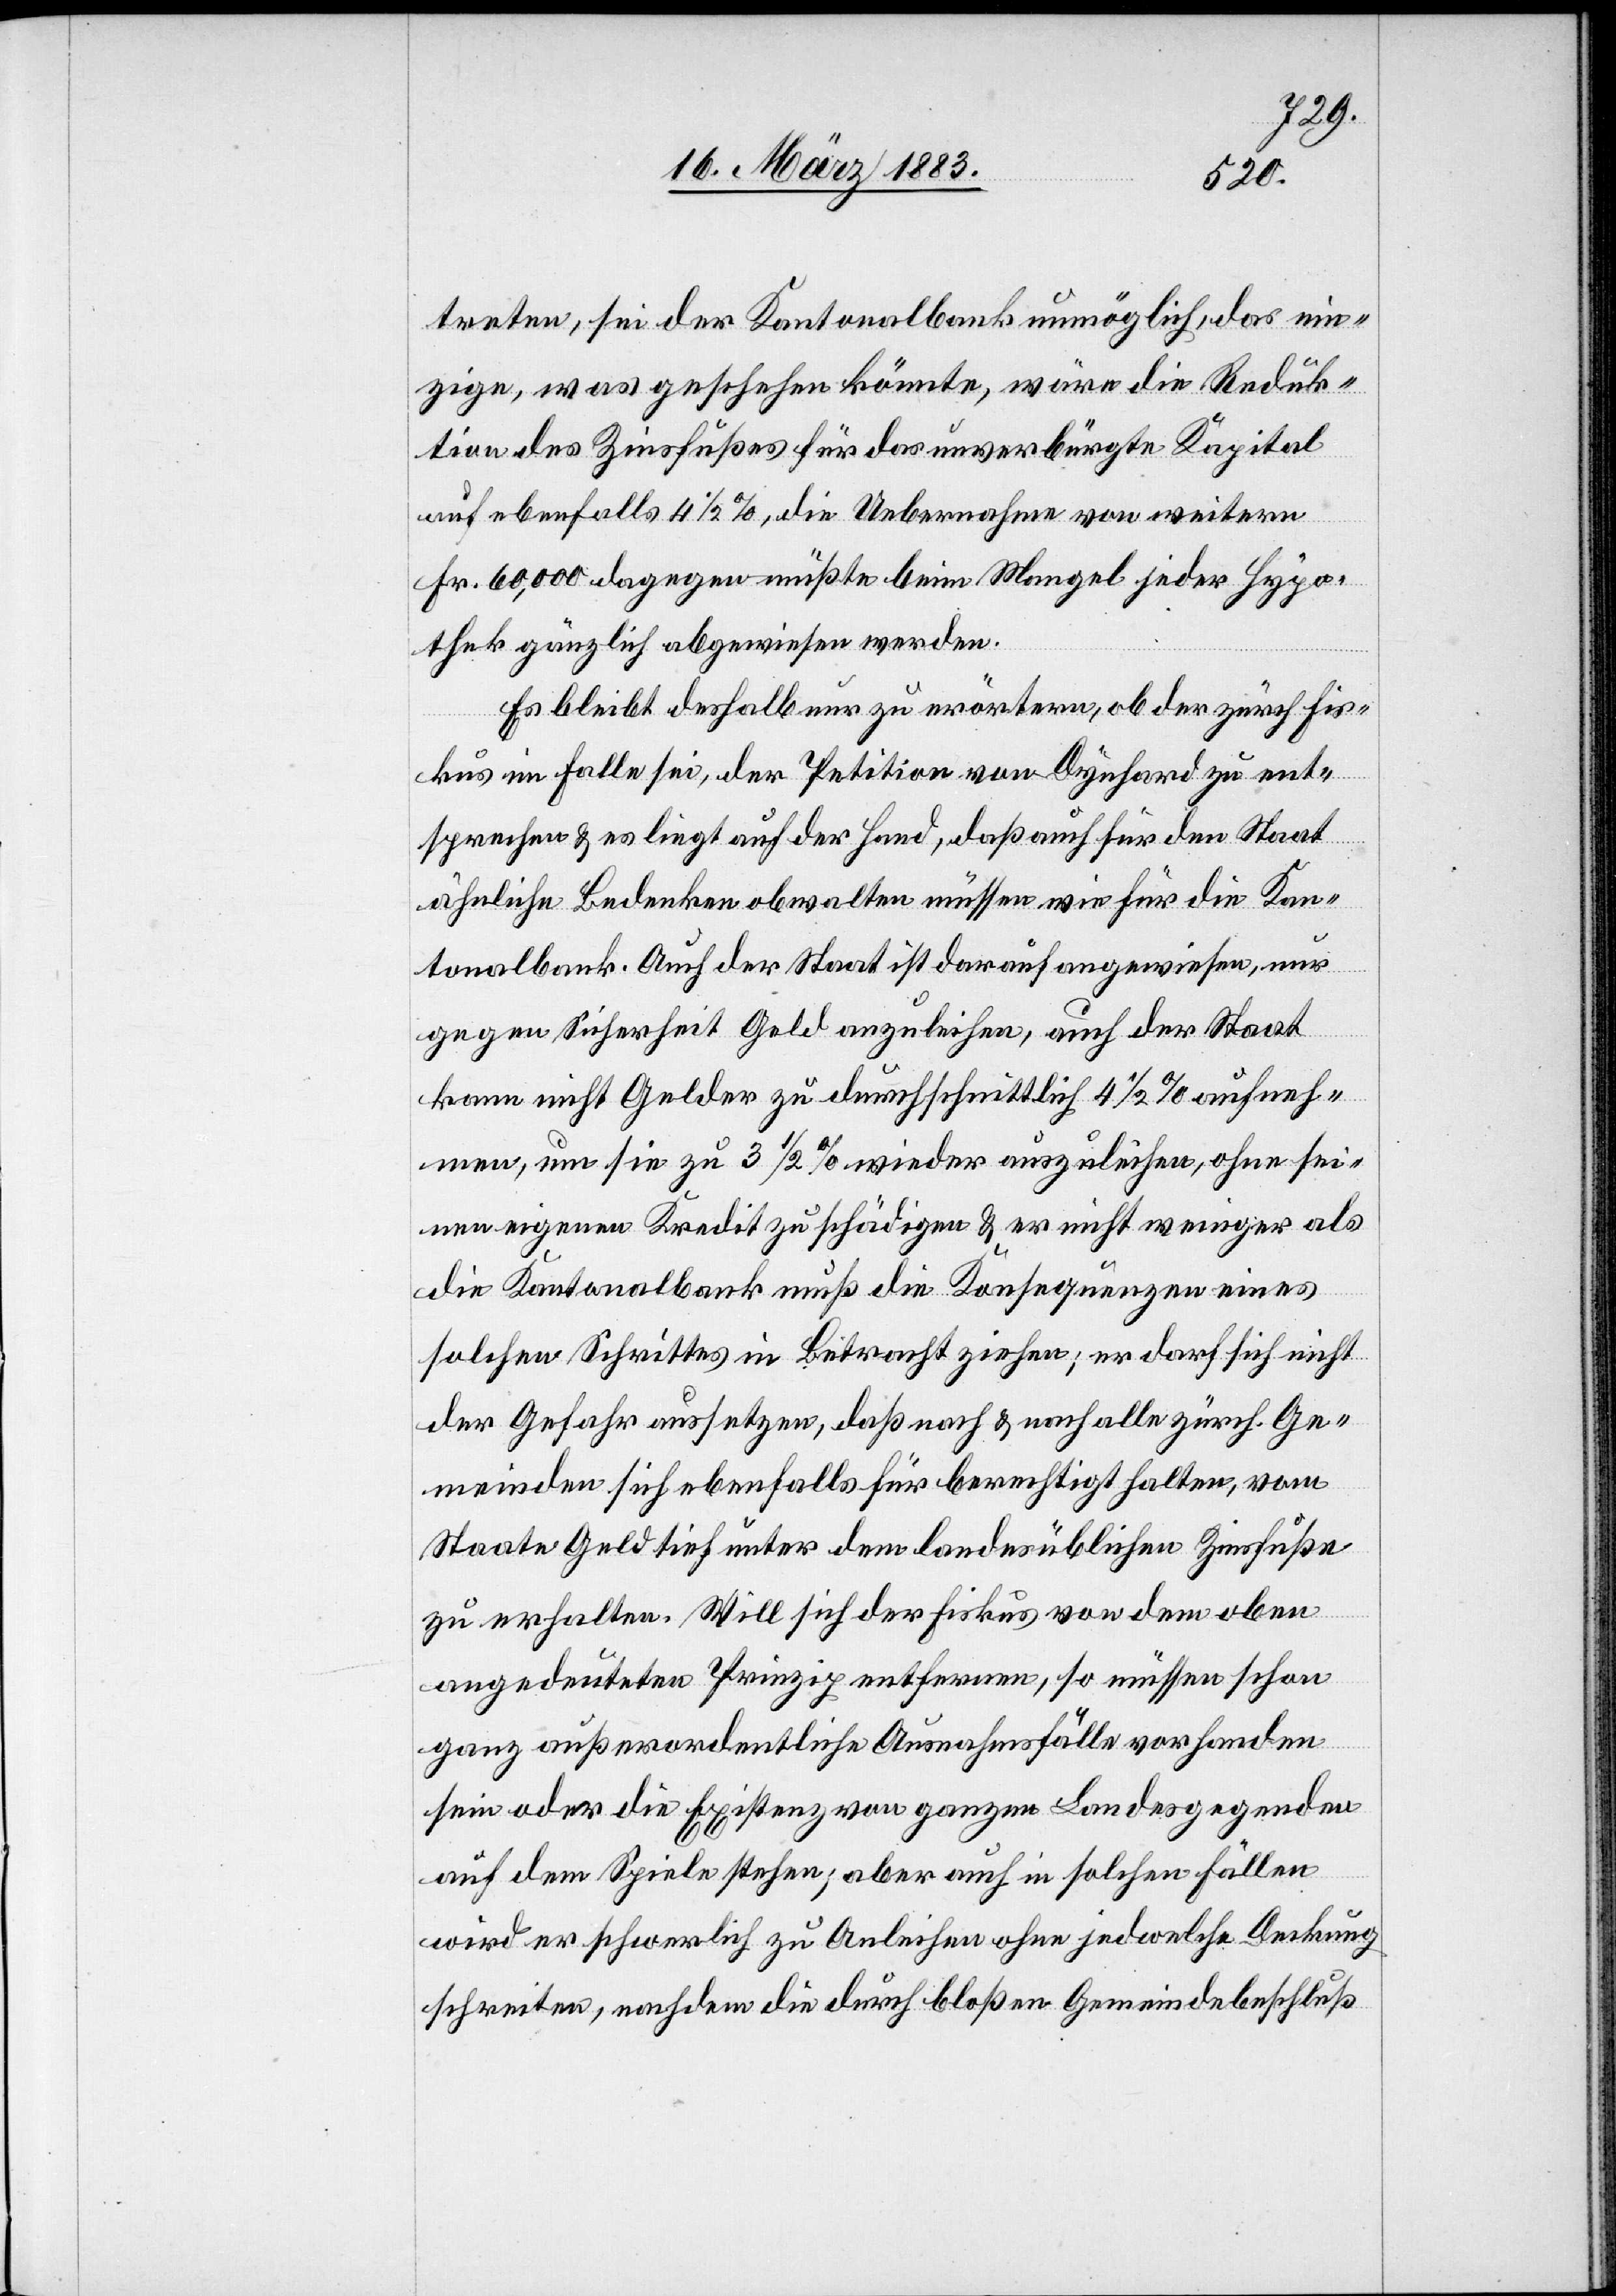
12.
Folge
R.